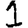
Digit: 1